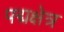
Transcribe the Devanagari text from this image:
पद्मक्षेत्र